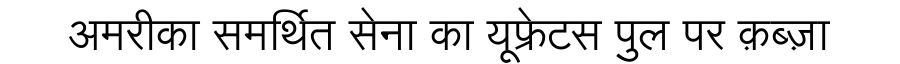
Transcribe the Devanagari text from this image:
अमरीका समर्थित सेना का यूफ्रेटस पुल पर क़ब्ज़ा